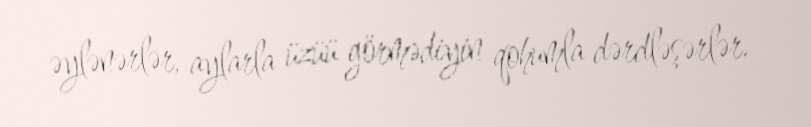
əylənərlər, aylarla üzüü görmədiyin qohumla dərdləşərlər.